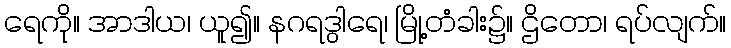
ရေကို။ အာဒါယ၊ ယူ၍။ နဂရဒွါရေ၊ မြို့တံခါး၌။ ဌိတော၊ ရပ်လျက်။